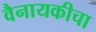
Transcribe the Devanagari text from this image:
वैनायकीचा